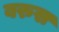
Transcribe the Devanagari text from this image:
बरुस